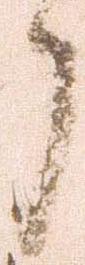
了